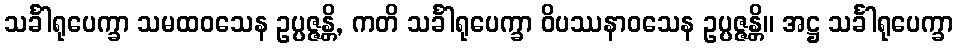
သင်္ခါရုပေက္ခာ သမထဝသေန ဥပ္ပဇ္ဇန္တိ, ကတိ သင်္ခါရုပေက္ခာ ဝိပဿနာဝသေန ဥပ္ပဇ္ဇန္တိ။ အဋ္ဌ သင်္ခါရုပေက္ခာ